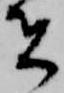
者